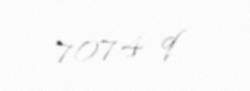
7074 q